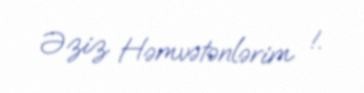
Əziz Həmvətənlərim !.